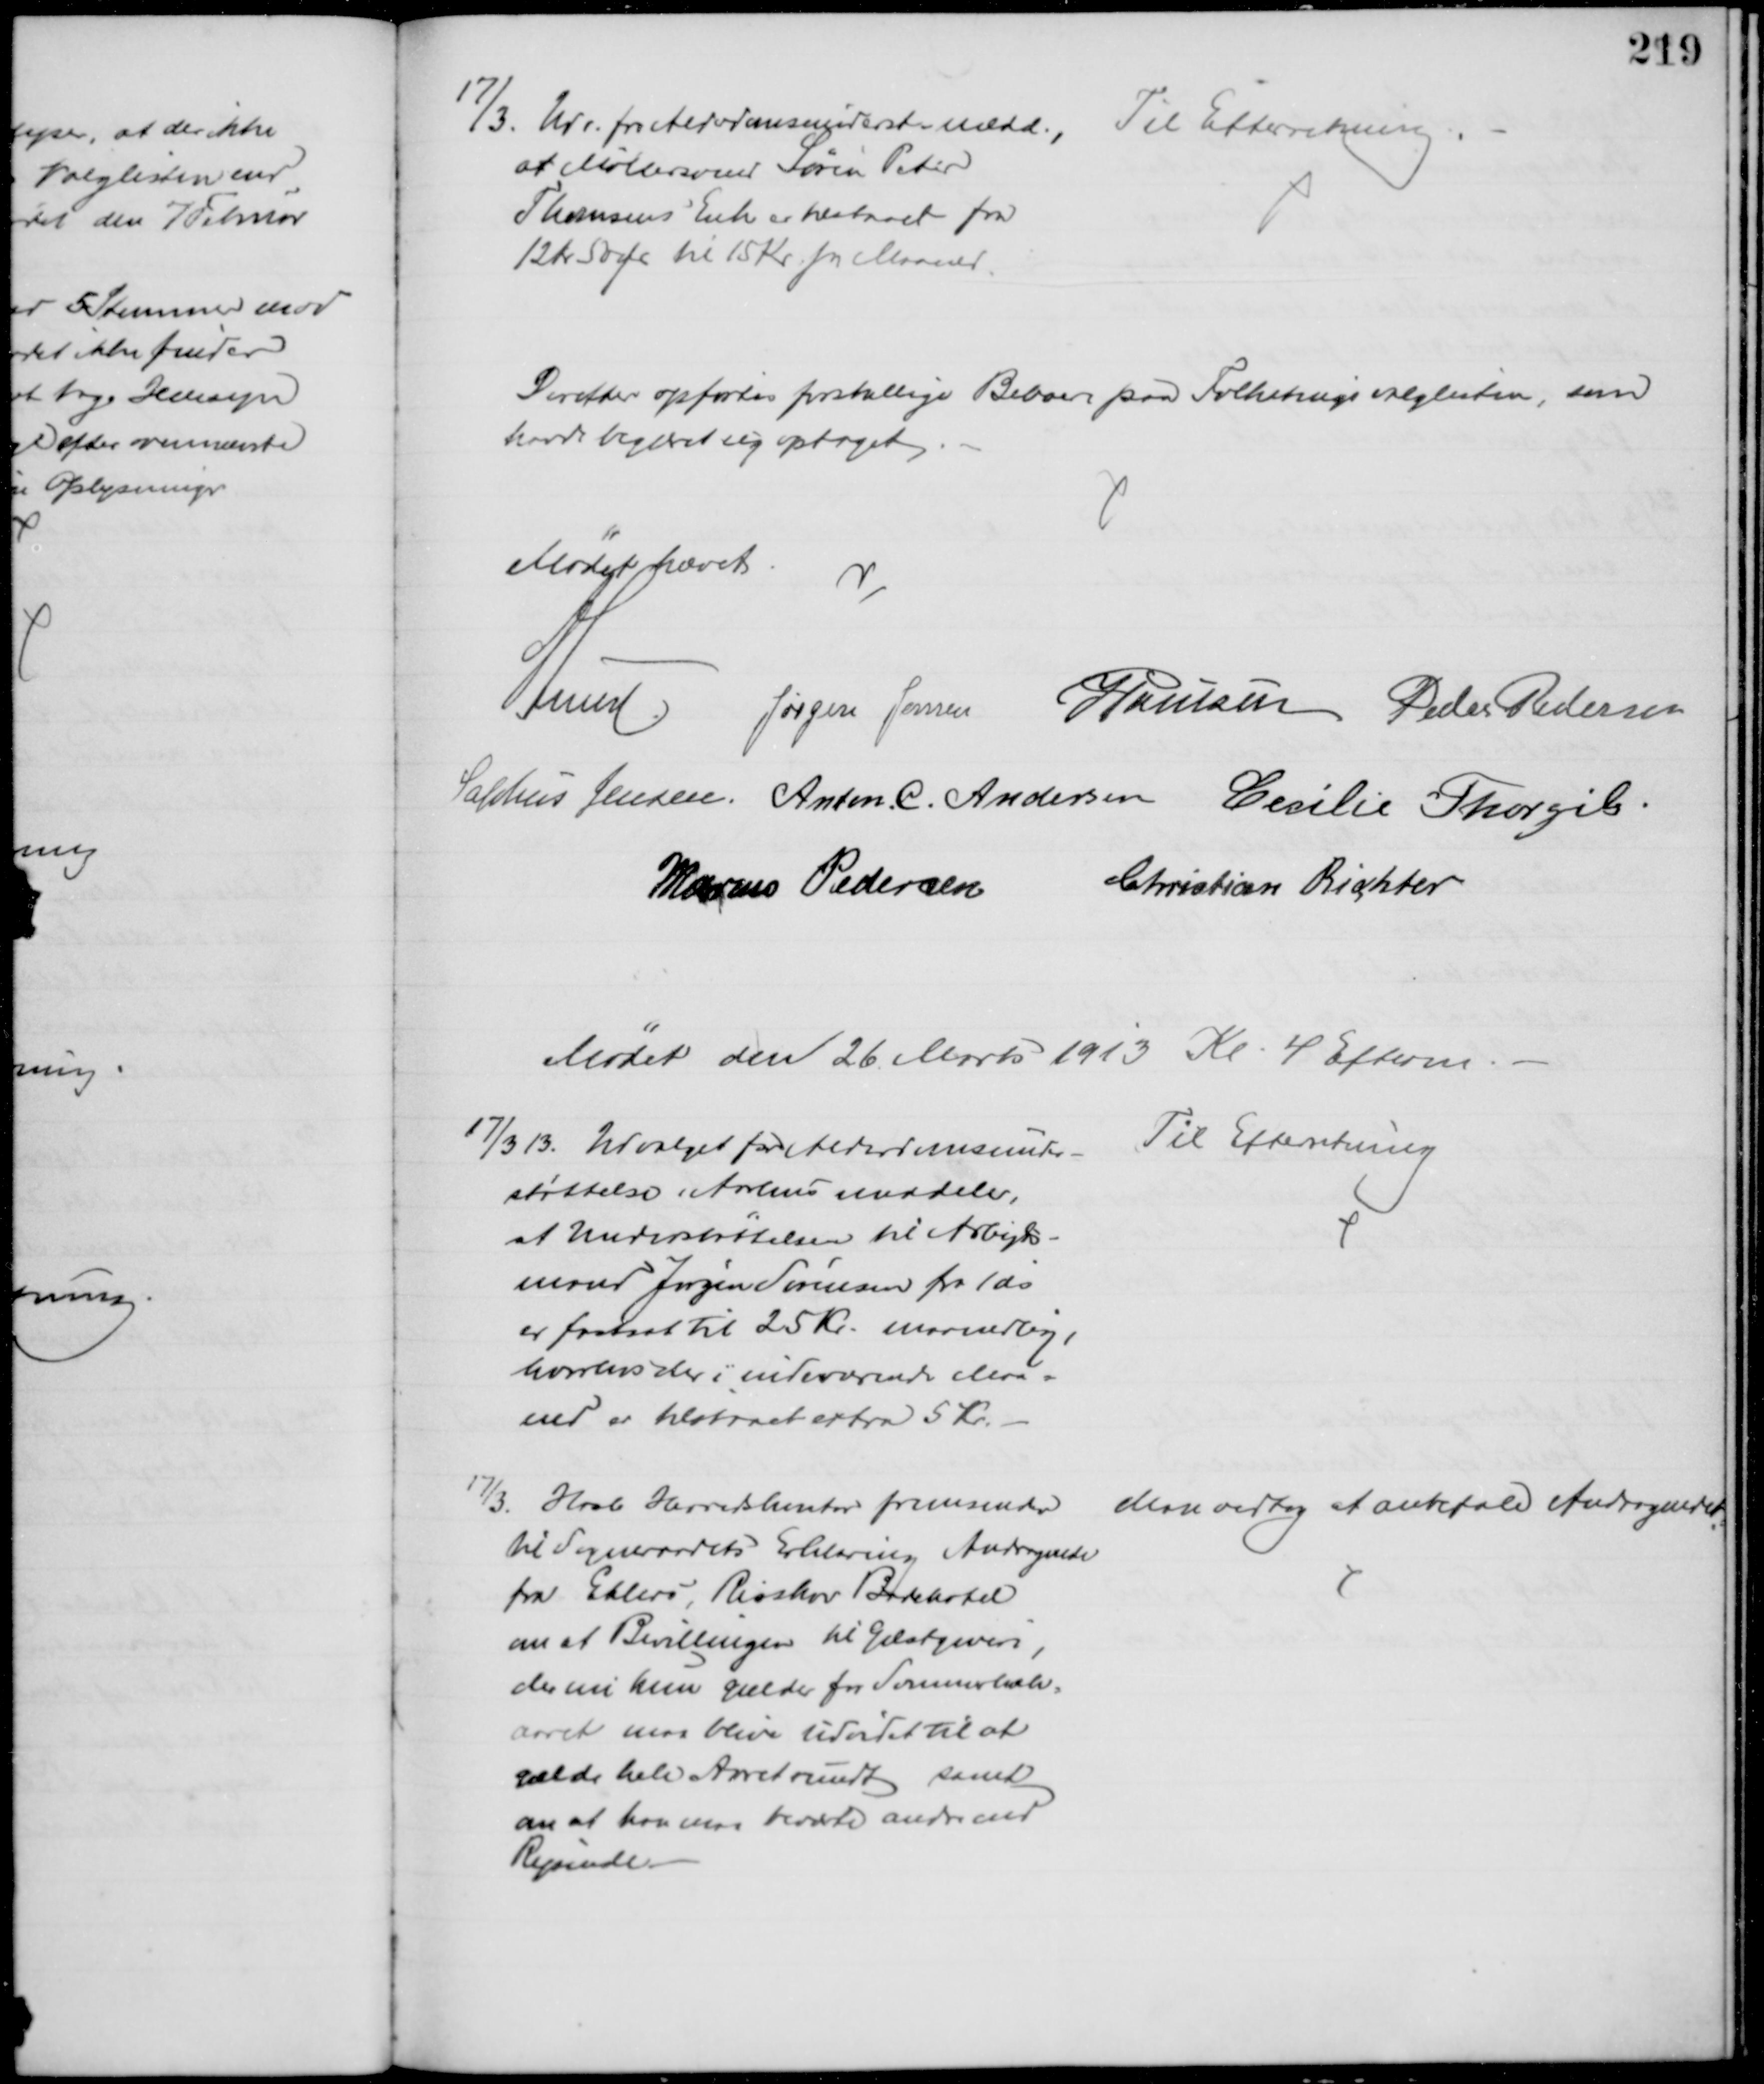
Transskription:
17/3. Udv. for Alderdomsunderst medd.,
af Møllersvend Søren Peter
Thomsens Enke er tilstaaet fra
12 Kr 50 Ør til 15 Kr pr Maaned.
Til Efterretning.
Derefter opførtes forskellige Beboere paa Folketingsvalglisten, som
havde begæret sig optaget 
Mødet hævet
A Lund Jørgen Jensen J Poulsen Peder Pedersen
Sophus Jensen. Anton. C. Andersen Cecilie Thorgils.
Marius Pedersen Christian Richter
Mødet den 26 Marts 1913 Kl. 4 Efterm.
17/3 13. Udvalget for Alderdomsunder-
støttelse i Aarhus meddeler,
at Understøttelsen til Arbejds-
mand Jørgen Sørensen fra 1 ds
er fastsat til 25 Kr. maanedlig,
hvorhos der i indeværende Maa-
ned er tilstaaet extra 5 Kr.
Til Efterretning
17/3. Hasle Herredskontor fremsender
til Sogneraadets Erklæring Andragende
fra Ehlers, Risskov Badehotel
om at Bevillingen til Gæstgiveri,
der nu kun gælder for Sommerhalv-
aaret maa blive udvidet til at
gælde hele Aaret rundt samt
om at han maa beværte andre end
Rejsende
Man vedtog at anbefale Andragendet